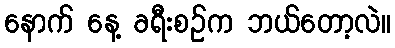
နောက် နေ့ ခရီးစဉ်က ဘယ်တော့လဲ။